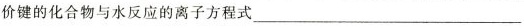
价键的化合物与水反应的离子方程式___。